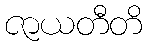
ဇာယတီတိ